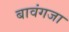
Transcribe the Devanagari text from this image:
बावंगजा